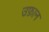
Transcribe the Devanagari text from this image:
उफ़ान